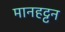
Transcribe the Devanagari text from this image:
मानहट्टन